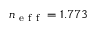
n _ { \mathrm { ~ e ~ f ~ f ~ } } = 1 . 7 7 3